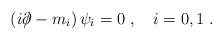
LaTeX: \begin{align*}(i \partial \!\!\!/ - m_i) \, \psi_i = 0 \; , \quad i = 0, 1 \; .\end{align*}